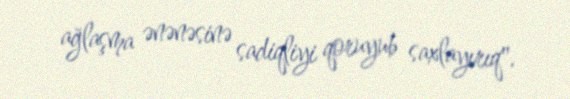
ağlaşma ənənəsinə sadiqliyi qoruyub saxlayırıq".